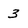
Character: 3